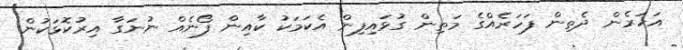
އަހަރެން ދެތިން ފަހަރެއްގެ މަތިން ގުޅައިފިން އެކަމަކު ކާއިން ފޯނެއް ނުނަގާ އިރުކޮޅަކުން